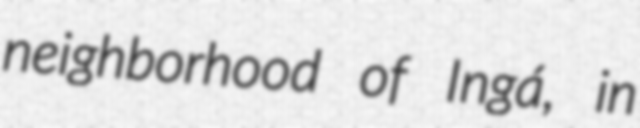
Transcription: neighborhood of Ingá, in